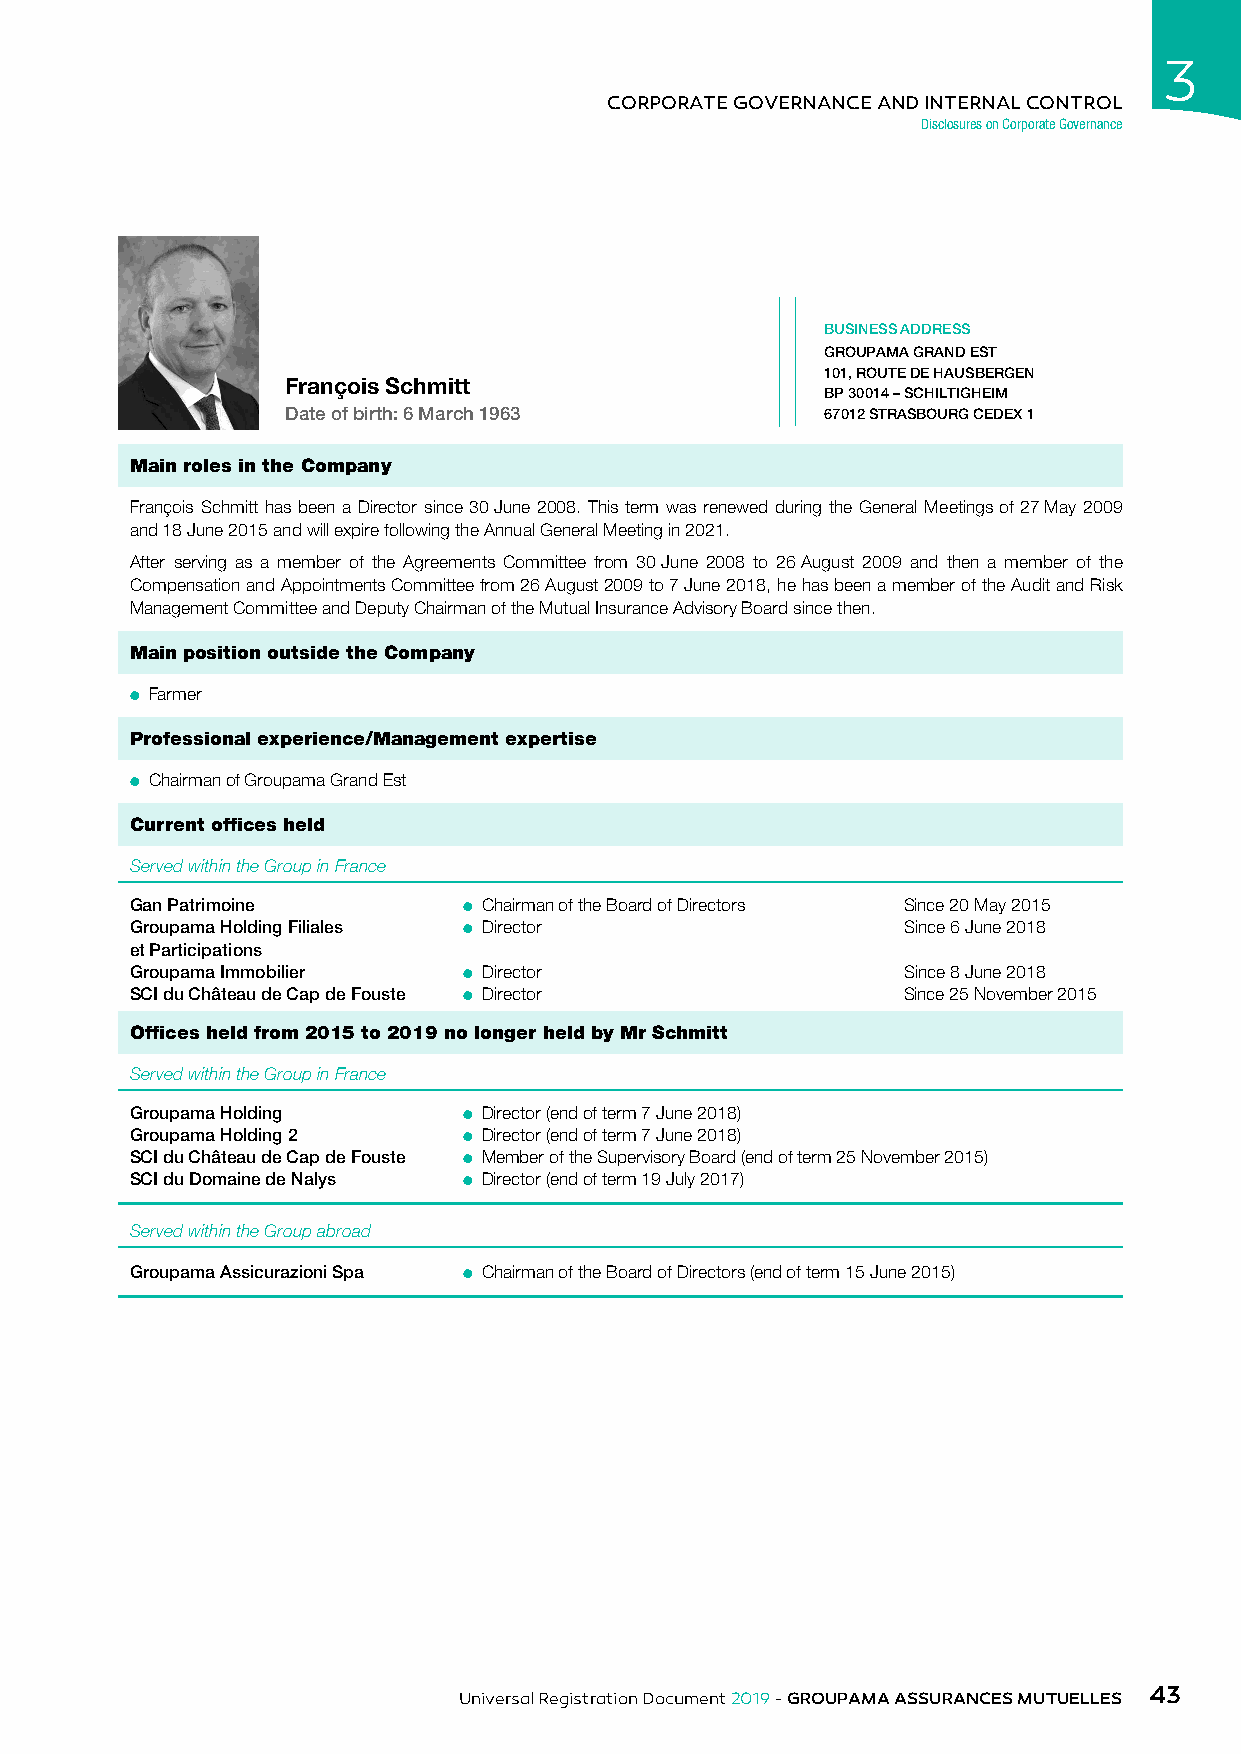
3
 CORPORATE GOVERNANCE AND INTERNAL CONTROL
 Disclosures on Corporate Governance
 BUSINESS ADDRESS
 GROUPAMA GRAND EST
 101, ROUTE DE HAUSBERGEN
 François Schmitt
 BP 30014 – SCHILTIGHEIM
 Date of birth: 6 March 1963         67012 STRASBOURG CEDEX 1
 Main roles in the Company
 François Schmitt has been a Director since 30 June 2008. This term was renewed during the General Meetings of 27 May 2009
 and 18 June 2015 and will expire following the Annual General Meeting in 2021.
 After serving as a member of the Agreements Committee from 30 June 2008 to 26 August 2009 and then a member of the
 Compensation and Appointments Committee from 26 August 2009 to 7 June 2018, he has been a member of the Audit and Risk
 Management Committee and Deputy Chairman of the Mutual Insurance Advisory Board since then.
 Main position outside the Company
 ● Farmer
 Professional experience/Management expertise
 ● Chairman of Groupama Grand Est
 Current offices held
 Served within the Group in France
 Gan Patrimoine        ● Chairman of the Board of Directors Since 20 May 2015
 Groupama Holding Filiales ● Director               Since 6 June 2018
 et Participations
 Groupama Immobilier   ● Director                   Since 8 June 2018
 SCI du Château de Cap de Fouste ● Director         Since 25 November 2015
 Offices held from 2015 to 2019 no longer held by Mr Schmitt
 Served within the Group in France
 Groupama Holding      ● Director (end of term 7 June 2018)
 Groupama Holding 2    ● Director (end of term 7 June 2018)
 SCI du Château de Cap de Fouste ● Member of the Supervisory Board (end of term 25 November 2015)
 SCI du Domaine de Nalys ● Director (end of term 19 July 2017)
 Served within the Group abroad
 Groupama Assicurazioni Spa ● Chairman of the Board of Directors (end of term 15 June 2015)
 43
 Universal Registration Document 2019 - GROUPAMA ASSURANCES MUTUELLES